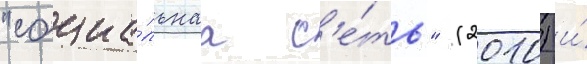
"социа́льнаа с'е́ть" (2010) и́